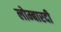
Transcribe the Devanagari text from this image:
लोम्बारदी